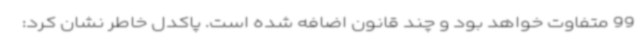
99 متفاوت خواهد بود و چند قانون اضافه شده است. پاکدل خاطر نشان کرد: